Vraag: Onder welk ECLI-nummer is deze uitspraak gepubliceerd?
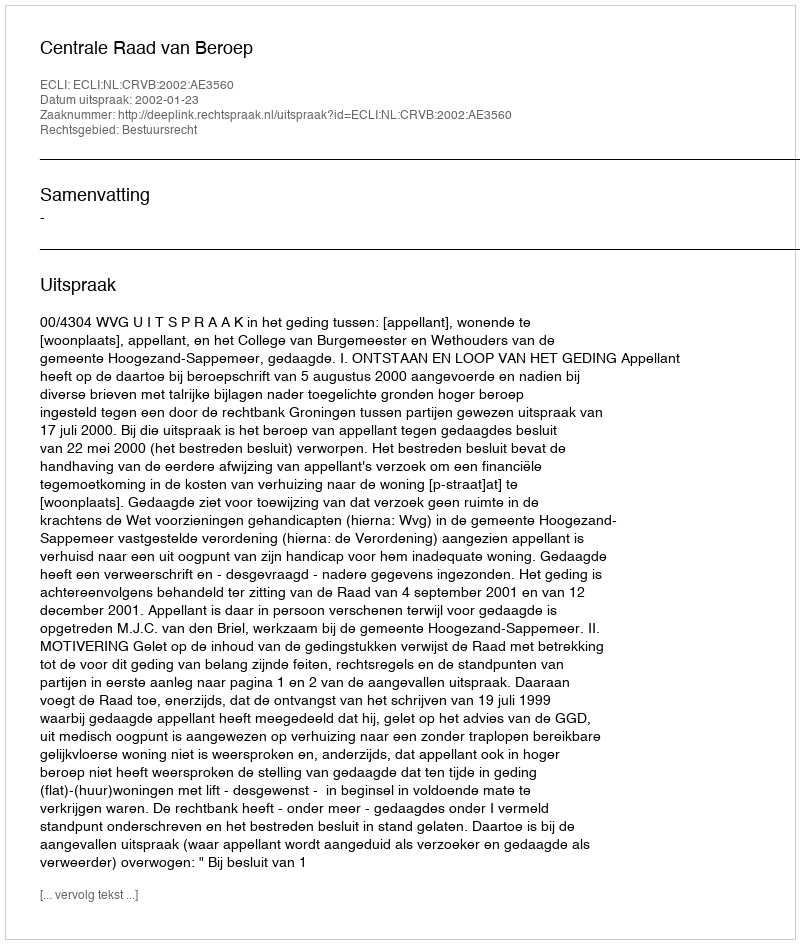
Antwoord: ECLI:NL:CRVB:2002:AE3560